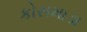
કોસમાડા